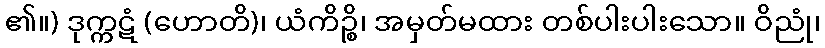
၏။) ဒုက္ကဋံ (ဟောတိ)၊ ယံကိဉ္စိ၊ အမှတ်မထား တစ်ပါးပါးသော။ ဝိညုံ၊